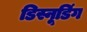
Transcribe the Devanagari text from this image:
डिस्नूडिंग